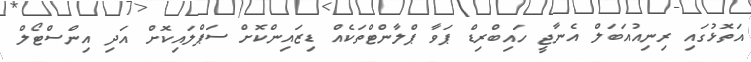
އަތޮޅުގައި ރިނިއުއަބަލް އެނާޖީ ހައިބްރިޑް ޕަވާ ޕްލާންޓްތަކެއް ޑިޒައިންކޮށް ސަޕްލައިކޮށް އަދި އިންސްޓޯލް